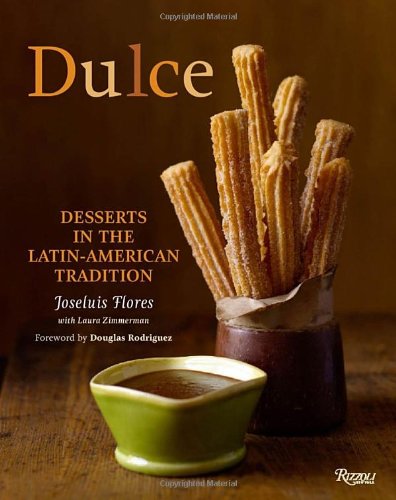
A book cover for Dulce: Desserts in the Latin-American Tradition; Joseluis Flores; Cookbooks, Food & Wine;